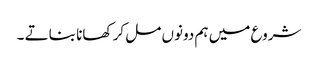
شروع میں ہم دونوں مل کر کھانا بناتے ۔